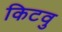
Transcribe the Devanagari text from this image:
किटवु